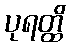
ပုရတ္ထိ